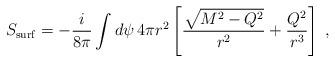
LaTeX: \begin{align*}S_{\rm surf} = - {i \over 8 \pi} \int d \psi \, 4 \pi r^2 \left [ {\sqrt{M^2 - Q^2} \over r^2} + {Q^2 \over r^3} \right ] \; ,\end{align*}